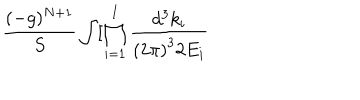
\frac { ( - g ) ^ { N + 1 } } S \int [ \prod _ { i = 1 } ^ { I } \frac { d ^ { 3 } k _ { i } } { \left( 2 \pi \right) ^ { 3 } 2 E _ { i } }